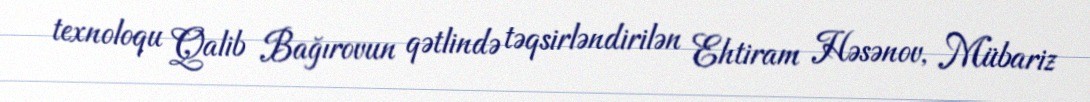
texnoloqu Qalib Bağırovun qətlində təqsirləndirilən Ehtiram Həsənov, Mübariz